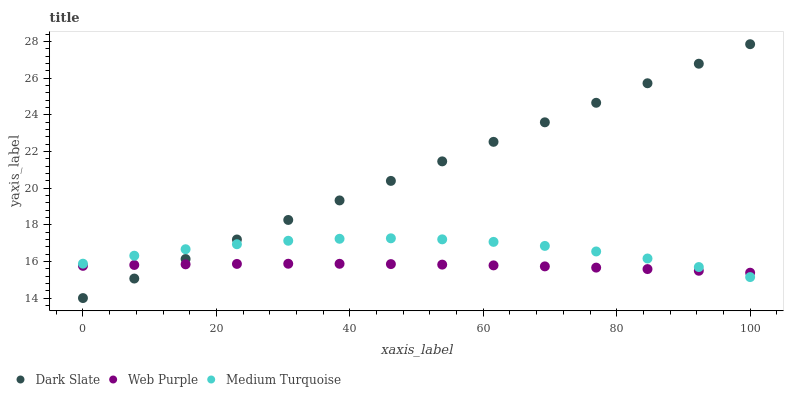
| xaxis_label | Dark Slate | Web Purple | Medium Turquoise |
 | --- | --- | --- | --- |
 | 0 | 14 | 15.8 | 15.9 |
 | 7.69 | 15.1 | 15.8 | 16.3 |
 | 15.4 | 16.1 | 15.8 | 16.7 |
 | 23.1 | 17.2 | 15.9 | 16.9 |
 | 30.8 | 18.3 | 15.9 | 17.1 |
 | 38.5 | 19.3 | 15.9 | 17.2 |
 | 46.2 | 20.4 | 15.9 | 17.3 |
 | 53.8 | 21.5 | 15.8 | 17.2 |
 | 61.5 | 22.5 | 15.8 | 17.1 |
 | 69.2 | 23.6 | 15.7 | 16.8 |
 | 76.9 | 24.7 | 15.7 | 16.5 |
 | 84.6 | 25.7 | 15.6 | 16.2 |
 | 92.3 | 26.8 | 15.5 | 15.7 |
 | 100 | 27.9 | 15.4 | 15.1 |